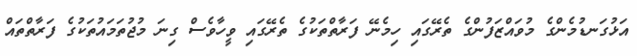
އަޅުގަނޑުމެންގެ މުވައްޒަފުންގެ ތެރޭގައި ހިމެނޭ ފަރާތްތަކުގެ ތެރޭގައި ވީހާވެސް ގިނަ މުޖުތަމައުތަކުގެ ފަރާތްތައް